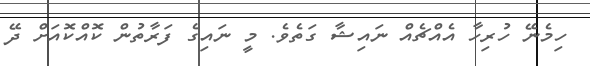
ހިމެނޭ ހުރިހާ އެއްޗެއް ނައިޝާ ގަތެވެ. މީ ނައިގެ ފަރާތުން ކޮއްކޮއަށް ދޭ